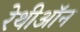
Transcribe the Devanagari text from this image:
रेथीऑन